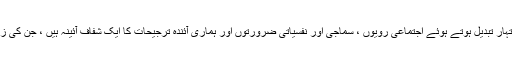
ابلاغیات کے اسٹوڈنٹس چاہیں تو ان کے لئے یہ اشتہار تبدیل ہوتے ہوئے اجتماعی رویوں ، سماجی اور نفسیاتی ضرورتوں اور ہماری آئندہ ترجیحات کا ایک شفاف آئینہ ہیں ، جن کی زمرہ بندی کئی جہتوں کے لحاظ سے ہو سکتی ہے ۔